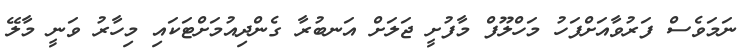
ނަމަވެސް ފަރުވާއަށްފަހު މަހްލޫފް މާފުށީ ޖަލަށް އަނބުރާ ގެންދިއުމަށްޓަކައި މިހާރު ވަނީ މާލޭ